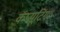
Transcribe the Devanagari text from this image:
कंप्यूटिंग।